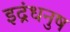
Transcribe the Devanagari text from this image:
इद्रंधनुष